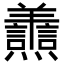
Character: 𦏬